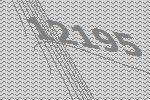
12195